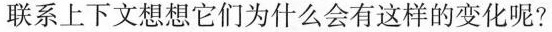
联系上下文想想它们为什么会有这样的变化呢?